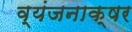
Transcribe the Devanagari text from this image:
व्यंजनाक्षर